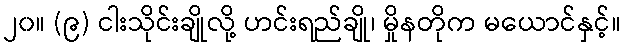
၂၀။ (၉) ငါးသိုင်းချိုလို့ ဟင်းရည်ချို၊ မှိုနတိုက မယောင်နှင့်။